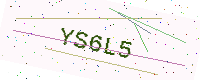
Text: YS6L5